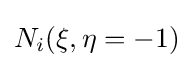
N_{i}(\xi ,\eta =-1)